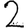
Digit: 2